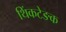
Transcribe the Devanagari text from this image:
थिंकटेङक